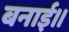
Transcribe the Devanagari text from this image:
बनाई।।